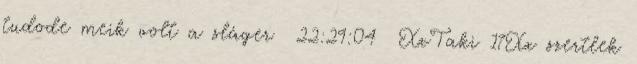
tudode meik volt a sláger 22:29:04 XxTaki 17Xx szertlek